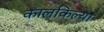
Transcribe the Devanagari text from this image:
कालकिल्या